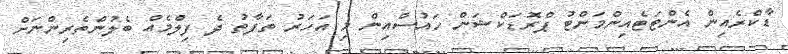
ޑާކްރެއިން އެންޓަޓެއިންމަންޓު ޕްރޮޑަކްޝަން ހައުސްއިން މި އަހަރު ތަފާތު ދެ ފިލްމެއް ބެލުންތެރިންނަށް